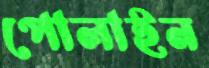
পোলাইন